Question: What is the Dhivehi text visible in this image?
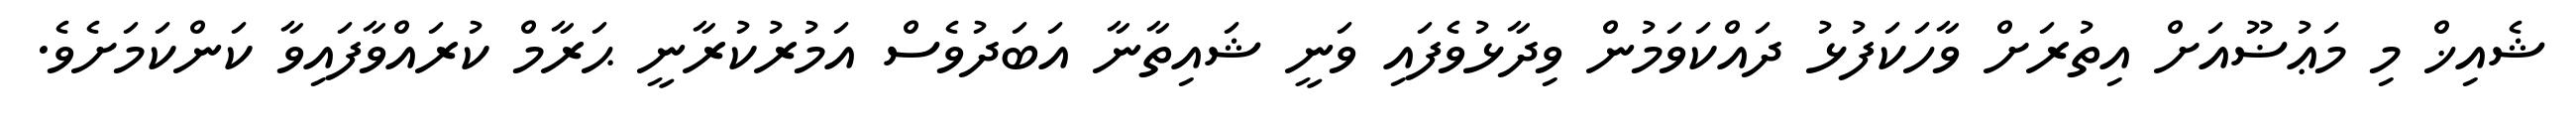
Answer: ޝެއިޚް މި މަޢުޟޫއަށް އިތުރަށް ވާހަކަފުޅު ދައްކަވަމުން ވިދާޅުވެފައި ވަނީ ޝައިތާނާ އަބަދުވެސް އަމުރުކުރާނީ ޙަރާމް ކުރައްވާފައިވާ ކަންކަމަށެވެ.